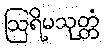
ဩရိမသုတ္တံ